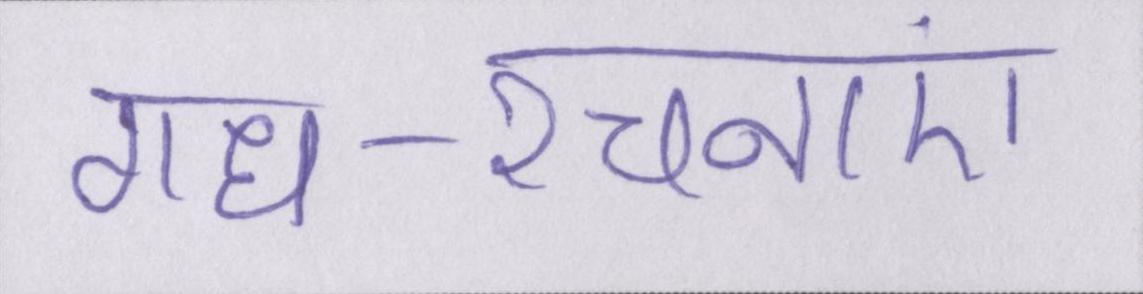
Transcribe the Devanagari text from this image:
गध-रचनाएं